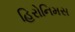
હિરોનિમસ